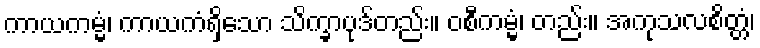
ကာယကမ္မံ၊ ကာယကံရှိသော သိက္ခာပုဒ်တည်း။ ဝစီကမ္မံ၊ တည်း။ အကုသလစိတ္တံ၊